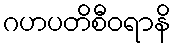
ဂဟပတိစီဝရာနိ